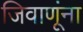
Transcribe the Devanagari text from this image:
जिवाणूंना